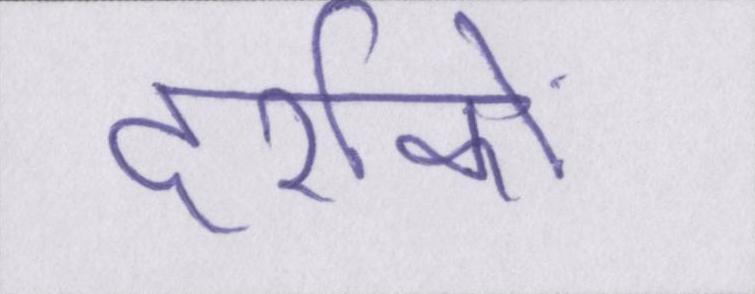
दर्शकों